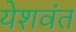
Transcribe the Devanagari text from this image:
येशवंत